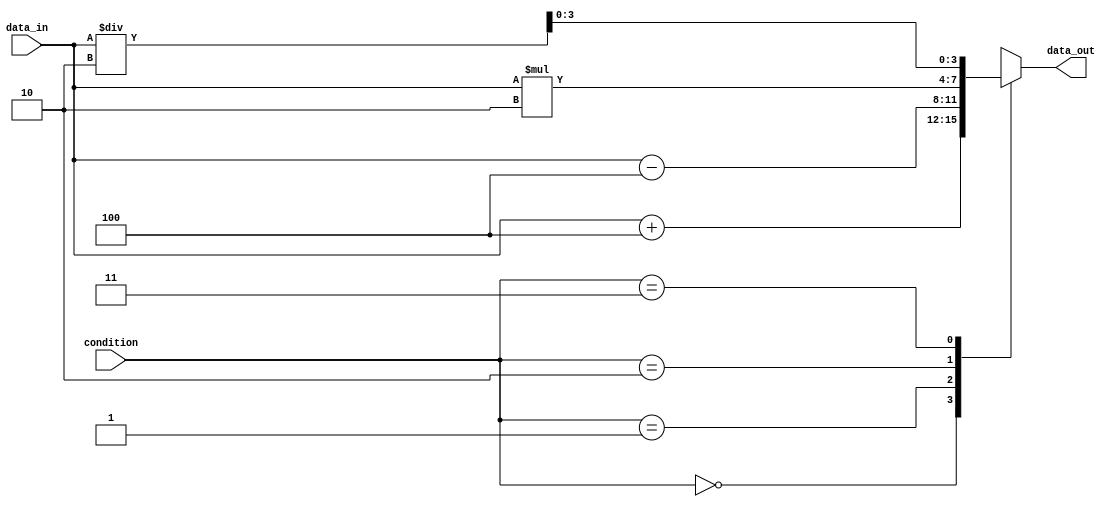
module parallel_case_statement (
    input [1:0] condition,
    input [3:0] data_in,
    output reg [3:0] data_out
);

always @*
begin
    case (condition)
        2'b00: // if condition is 00
            data_out = data_in + 4;
        2'b01: // if condition is 01
            data_out = data_in - 4;
        2'b10: // if condition is 10
            data_out = data_in * 2;
        2'b11: // if condition is 11
            data_out = data_in / 2;
    endcase
end

endmodule